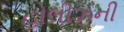
હોલીઝની